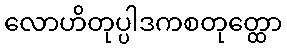
လောဟိတုပ္ပါဒကစတုတ္ထော